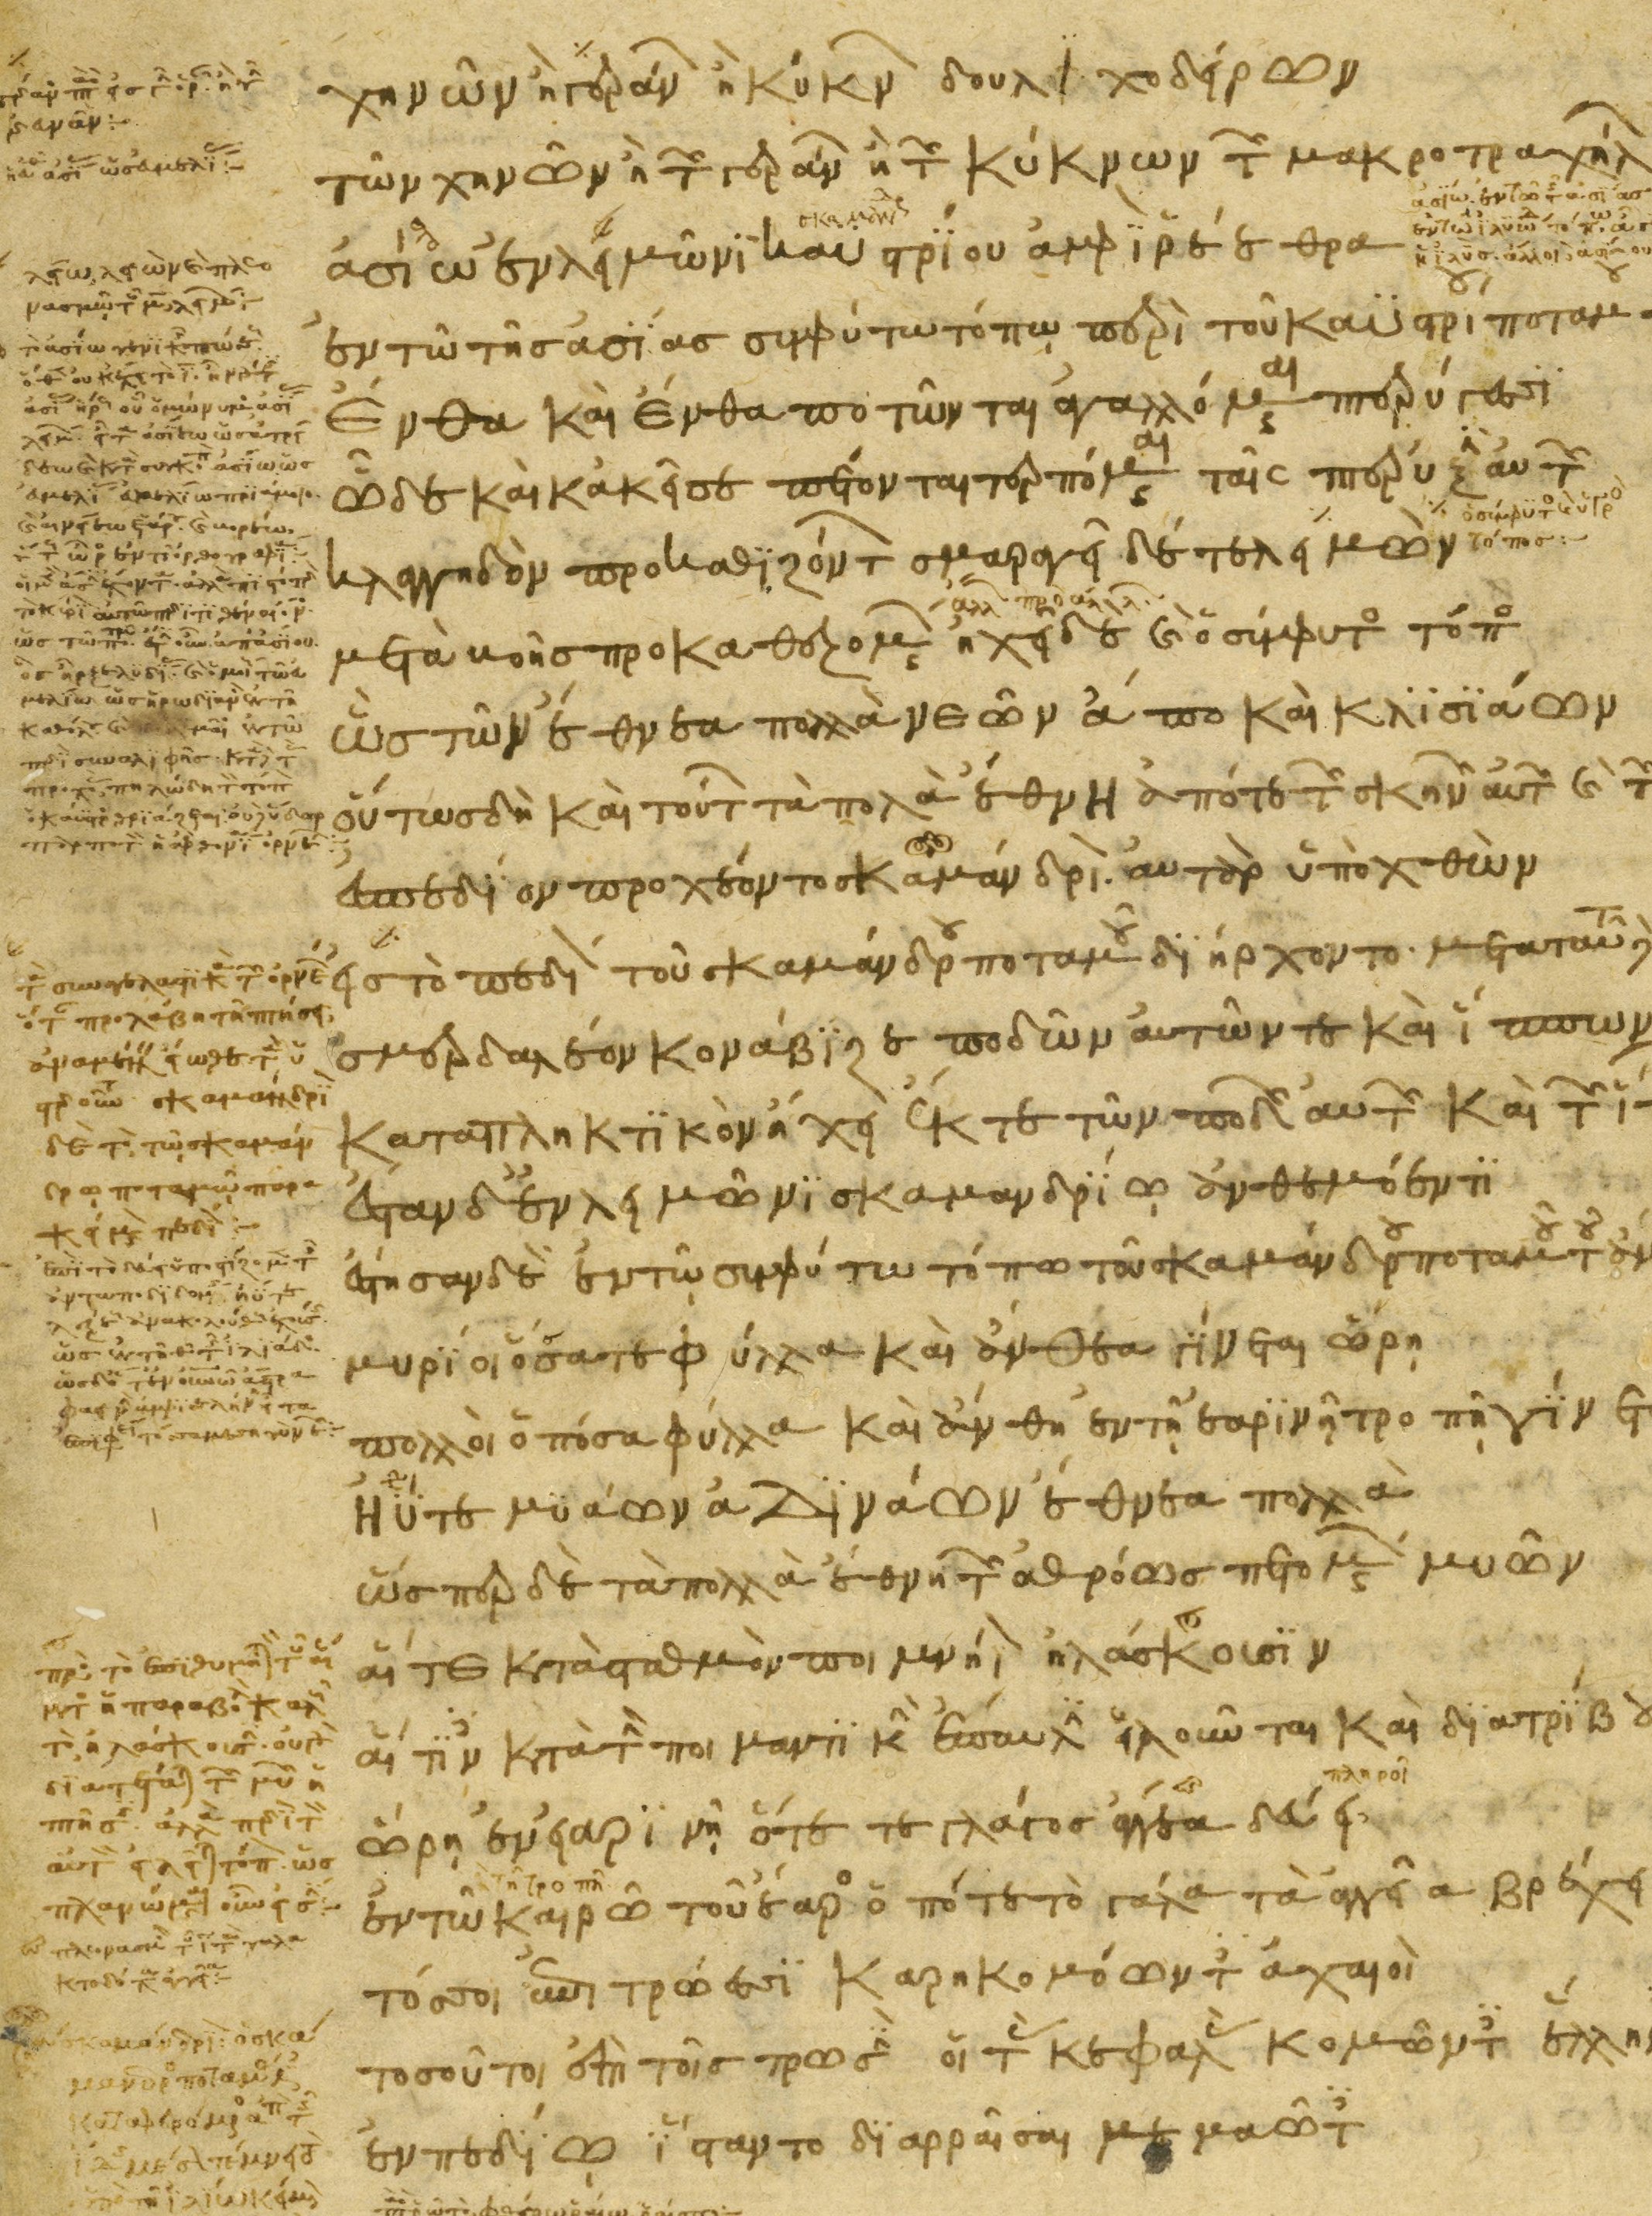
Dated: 1200–1299